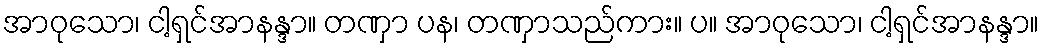
အာဝုသော၊ ငါ့ရှင်အာနန္ဒာ။ တဏှာ ပန၊ တဏှာသည်ကား။ ပ။ အာဝုသော၊ ငါ့ရှင်အာနန္ဒာ။